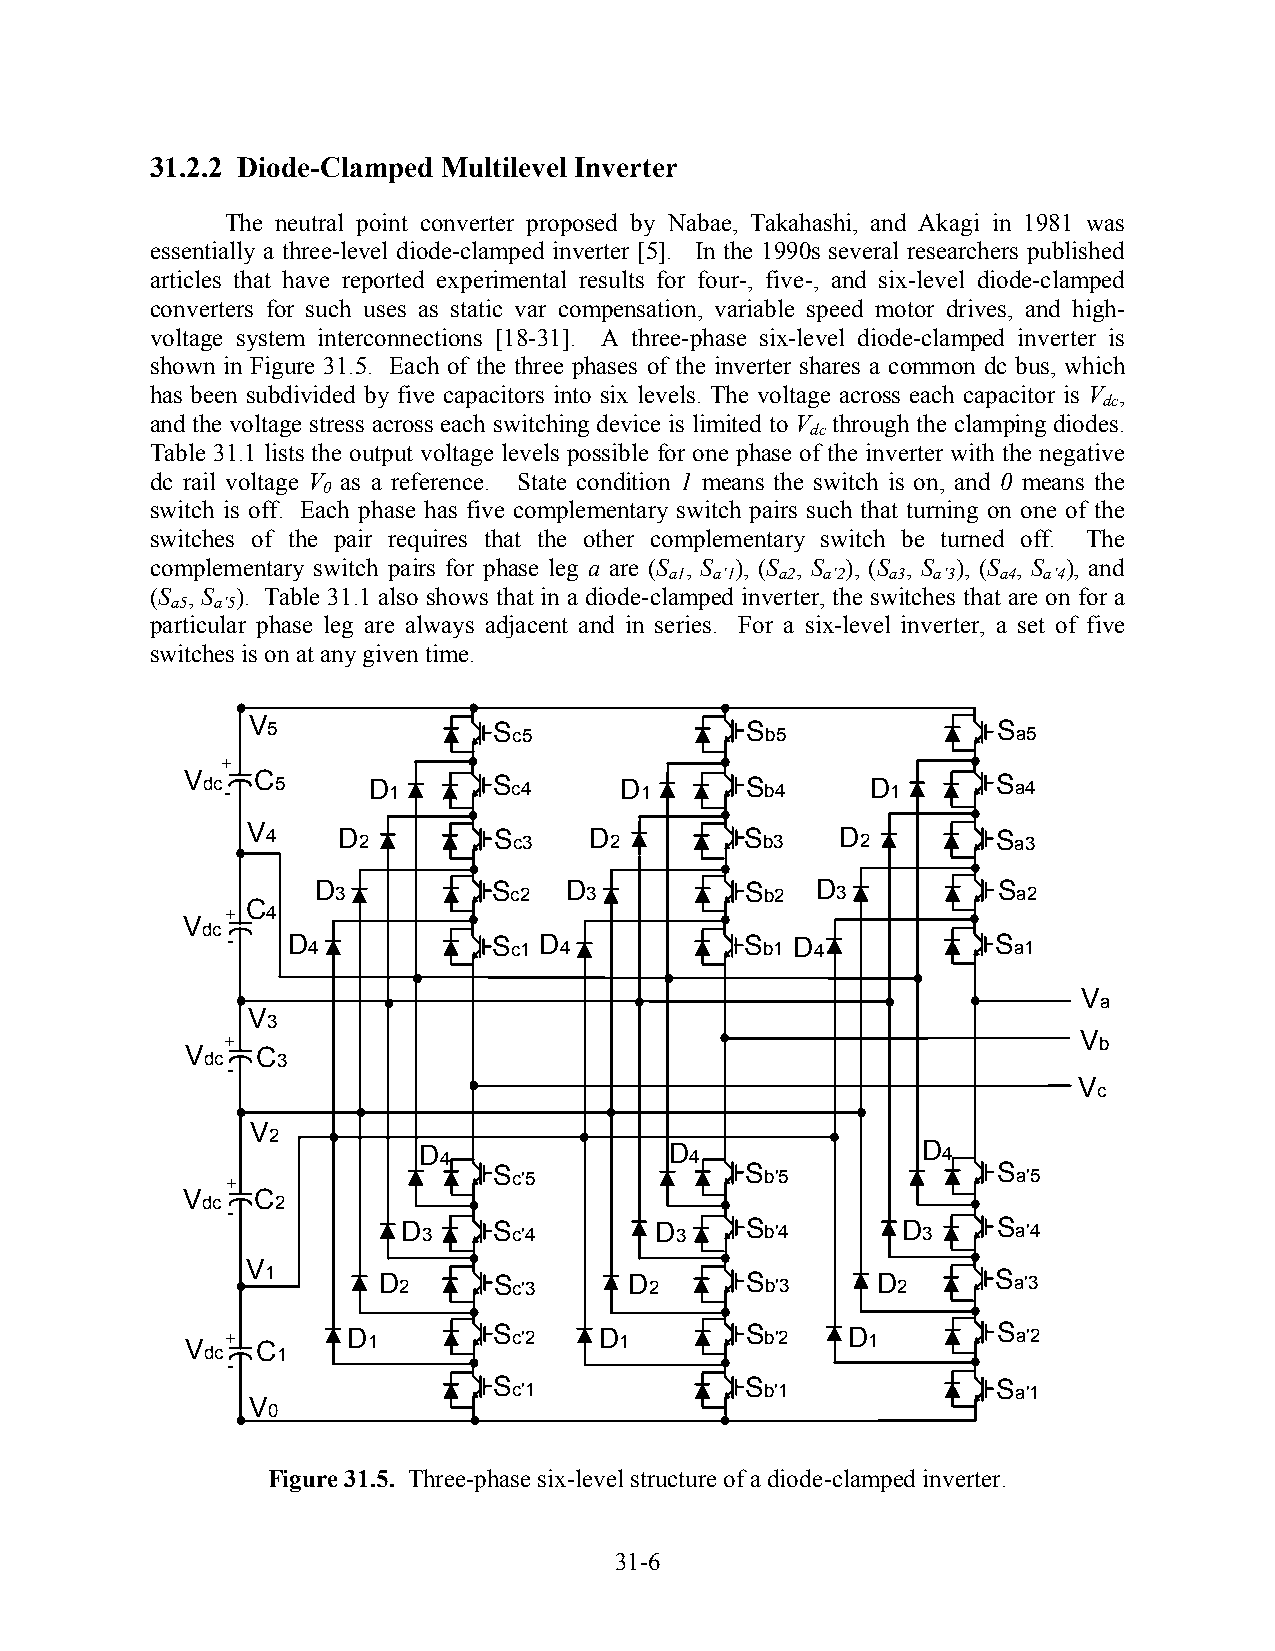
31.2.2 Diode-Clamped Multilevel Inverter
 The neutral point converter proposed by Nabae, Takahashi, and Akagi in 1981 was
 essentially a three-level diode-clamped inverter [5]. In the 1990s several researchers published
 articles that have reported experimental results for four-, five-, and six-level diode-clamped
 converters for such uses as static var compensation, variable speed motor drives, and high-
 voltage system interconnections [18-31]. A three-phase six-level diode-clamped inverter is
 shown in Figure 31.5. Each of the three phases of the inverter shares a common dc bus, which
 has been subdivided by five capacitors into six levels. The voltage across each capacitor is V ,
 dc
 and the voltage stress across each switching device is limited to V through the clamping diodes.
 dc
 Table 31.1 lists the output voltage levels possible for one phase of the inverter with the negative
 dc rail voltage V as a reference. State condition 1 means the switch is on, and 0 means the
 0
 switch is off. Each phase has five complementary switch pairs such that turning on one of the
 switches of the pair requires that the other complementary switch be turned off. The
 complementary switch pairs for phase leg a are (S , S ), (S , S ), (S , S ), (S , S ), and
 a1 a’1  a2 a’2 a3 a’3 a4 a’4
 (S , S ). Table 31.1 also shows that in a diode-clamped inverter, the switches that are on for a
 a5 a’5
 particular phase leg are always adjacent and in series. For a six-level inverter, a set of five
 switches is on at any given time.
 V 5              S c5            S b5             S a5
 +
 V dc - C 5  D 1      S c4    D 1     S b4     D 1     S a4
 V 4   D 2        S c3  D 2       S b3   D 2       S a3
 D 3         S c2 D 3        S b2 D 3         S a2
 C
 +  4
 V
 dc
 -   D 4           S c1 D 4        S b1 D 4         S a1
 V
 a
 V
 3
 +                                                        V b
 V dc C 3
 -
 V
 c
 V
 2
 D 4             D 4              D 4
 +                 S c'5           S b'5            S a'5
 V    C
 dc   2
 -
 D 3   S c'4     D 3   S b'4      D 3   S a'4
 V
 1      D 2     S c'3    D 2    S b'3    D 2     S a'3
 V dc+ C
 1
 D 1       S c'2  D 1      S b'2  D 1       S a'2
 -
 S c'1           S b'1            S a'1
 V
 0
 Figure 31.5. Three-phase six-level structure of a diode-clamped inverter.
 31-6